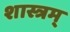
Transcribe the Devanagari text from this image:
शास्त्रम्